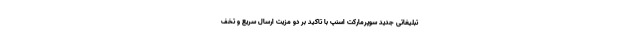
تبلیغاتی جدید سوپرمارکت اسنپ با تاکید بر دو مزیت ارسال سریع و تخف